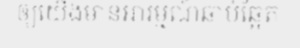
ឲ្យយើងមានអារម្មណ៍ឆាប់ឆ្អែត